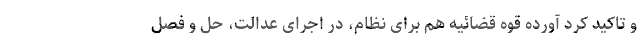
و تاکید کرد آورده قوه قضائیه هم برای نظام، در اجرای عدالت، حل و فصل